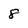
Character: 8